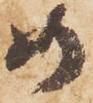
め